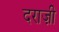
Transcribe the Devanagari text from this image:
दराज़ी